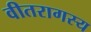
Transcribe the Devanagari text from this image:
वीतरागस्य